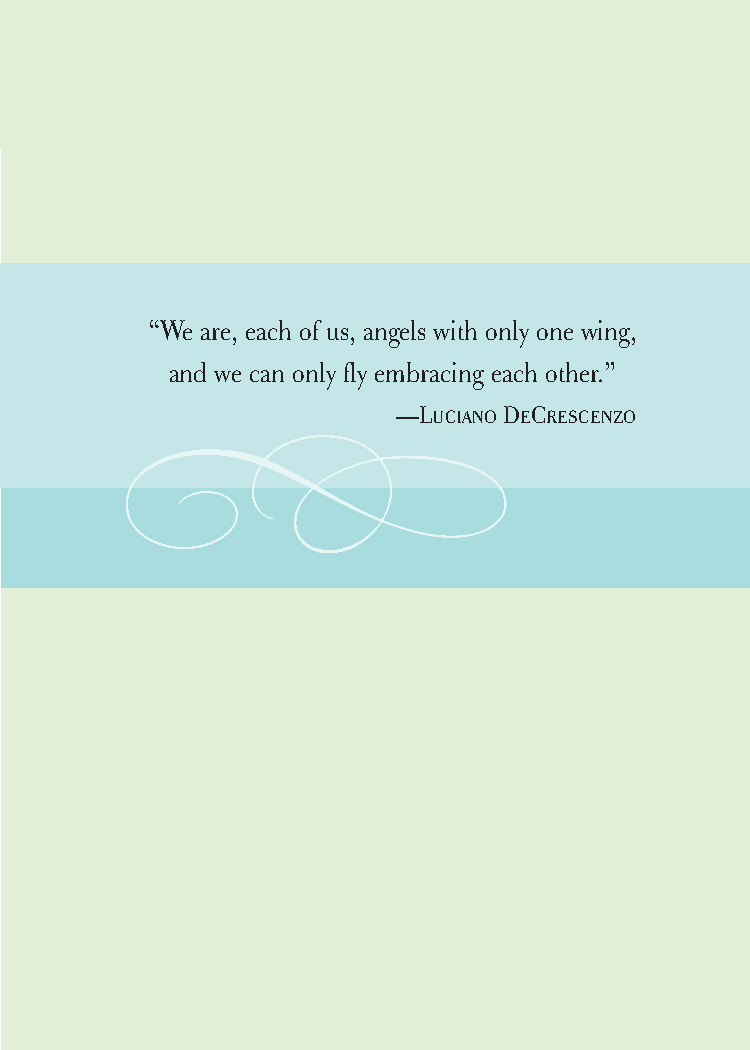
cudllesutra_internals1 7/16/07 2:50 PM Page 9
 “We are, each of us, angels with only one wing,
 and we can only fly embracing each other.”
 —LUCIANODECRESCENZO